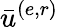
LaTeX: \bar{u}^{(e,r)}